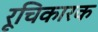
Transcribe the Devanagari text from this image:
रूचिकारक